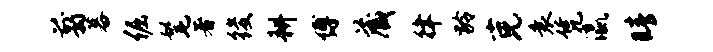
翦暮倔髦著後耕缚藏律龄克衰凭瀛睛